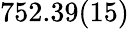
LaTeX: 752.39(15)